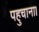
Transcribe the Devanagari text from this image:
पहुचाना।